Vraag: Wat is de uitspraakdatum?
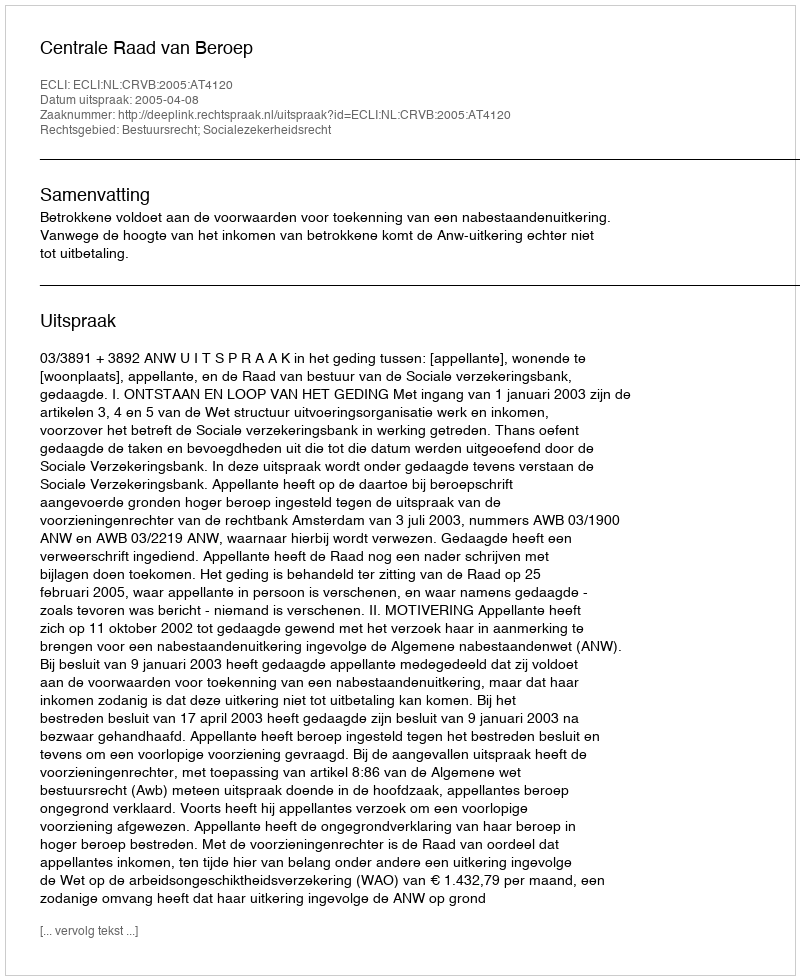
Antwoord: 2005-04-08